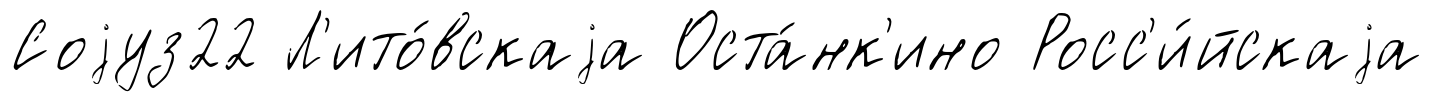
Соjуз22 Л'ито́вскаjа Оста́нк'ино Росс'и́йскаjа